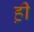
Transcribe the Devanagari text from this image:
ह़ी